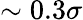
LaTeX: \sim 0.3\sigma